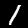
Digit: 1